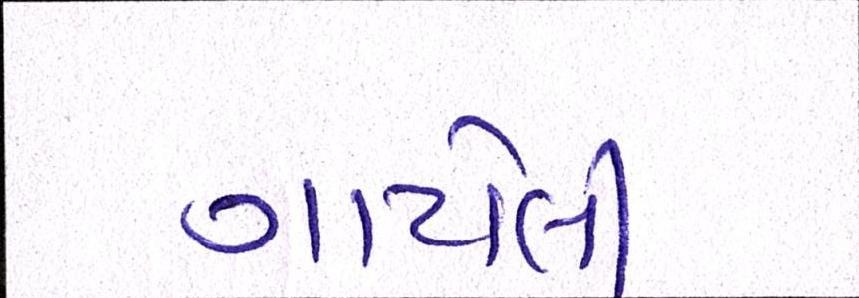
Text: ગાયેલી